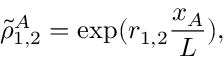
\tilde { \rho } _ { 1 , 2 } ^ { A } = \exp ( r _ { 1 , 2 } \frac { x _ { A } } { L } ) ,